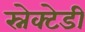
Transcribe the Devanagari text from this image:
स्नेक्टेडी